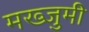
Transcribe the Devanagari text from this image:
मख्जुमी